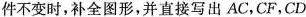
件不变时，补全图形，并直接写出AC，CF，CD